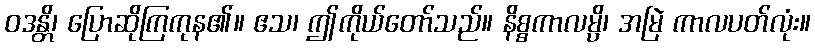
ဝဒန္တိ၊ ပြောဆိုကြကုန၏။ ဧသ၊ ဤကိုယ်တော်သည်။ နိစ္စကာလမ္ပိ၊ အမြဲ ကာလပတ်လုံး။